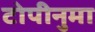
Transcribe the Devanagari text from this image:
टोपीनुमा